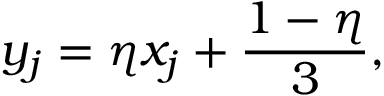
y _ { j } = \eta x _ { j } + \frac { 1 - \eta } { 3 } ,